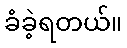
ခံခဲ့ရတယ်။